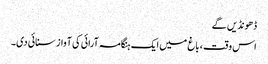
ڈھونڈیں گے
اس وقت ، باغ میں ایک ہنگامہ آرائی کی آواز سنائی دی۔